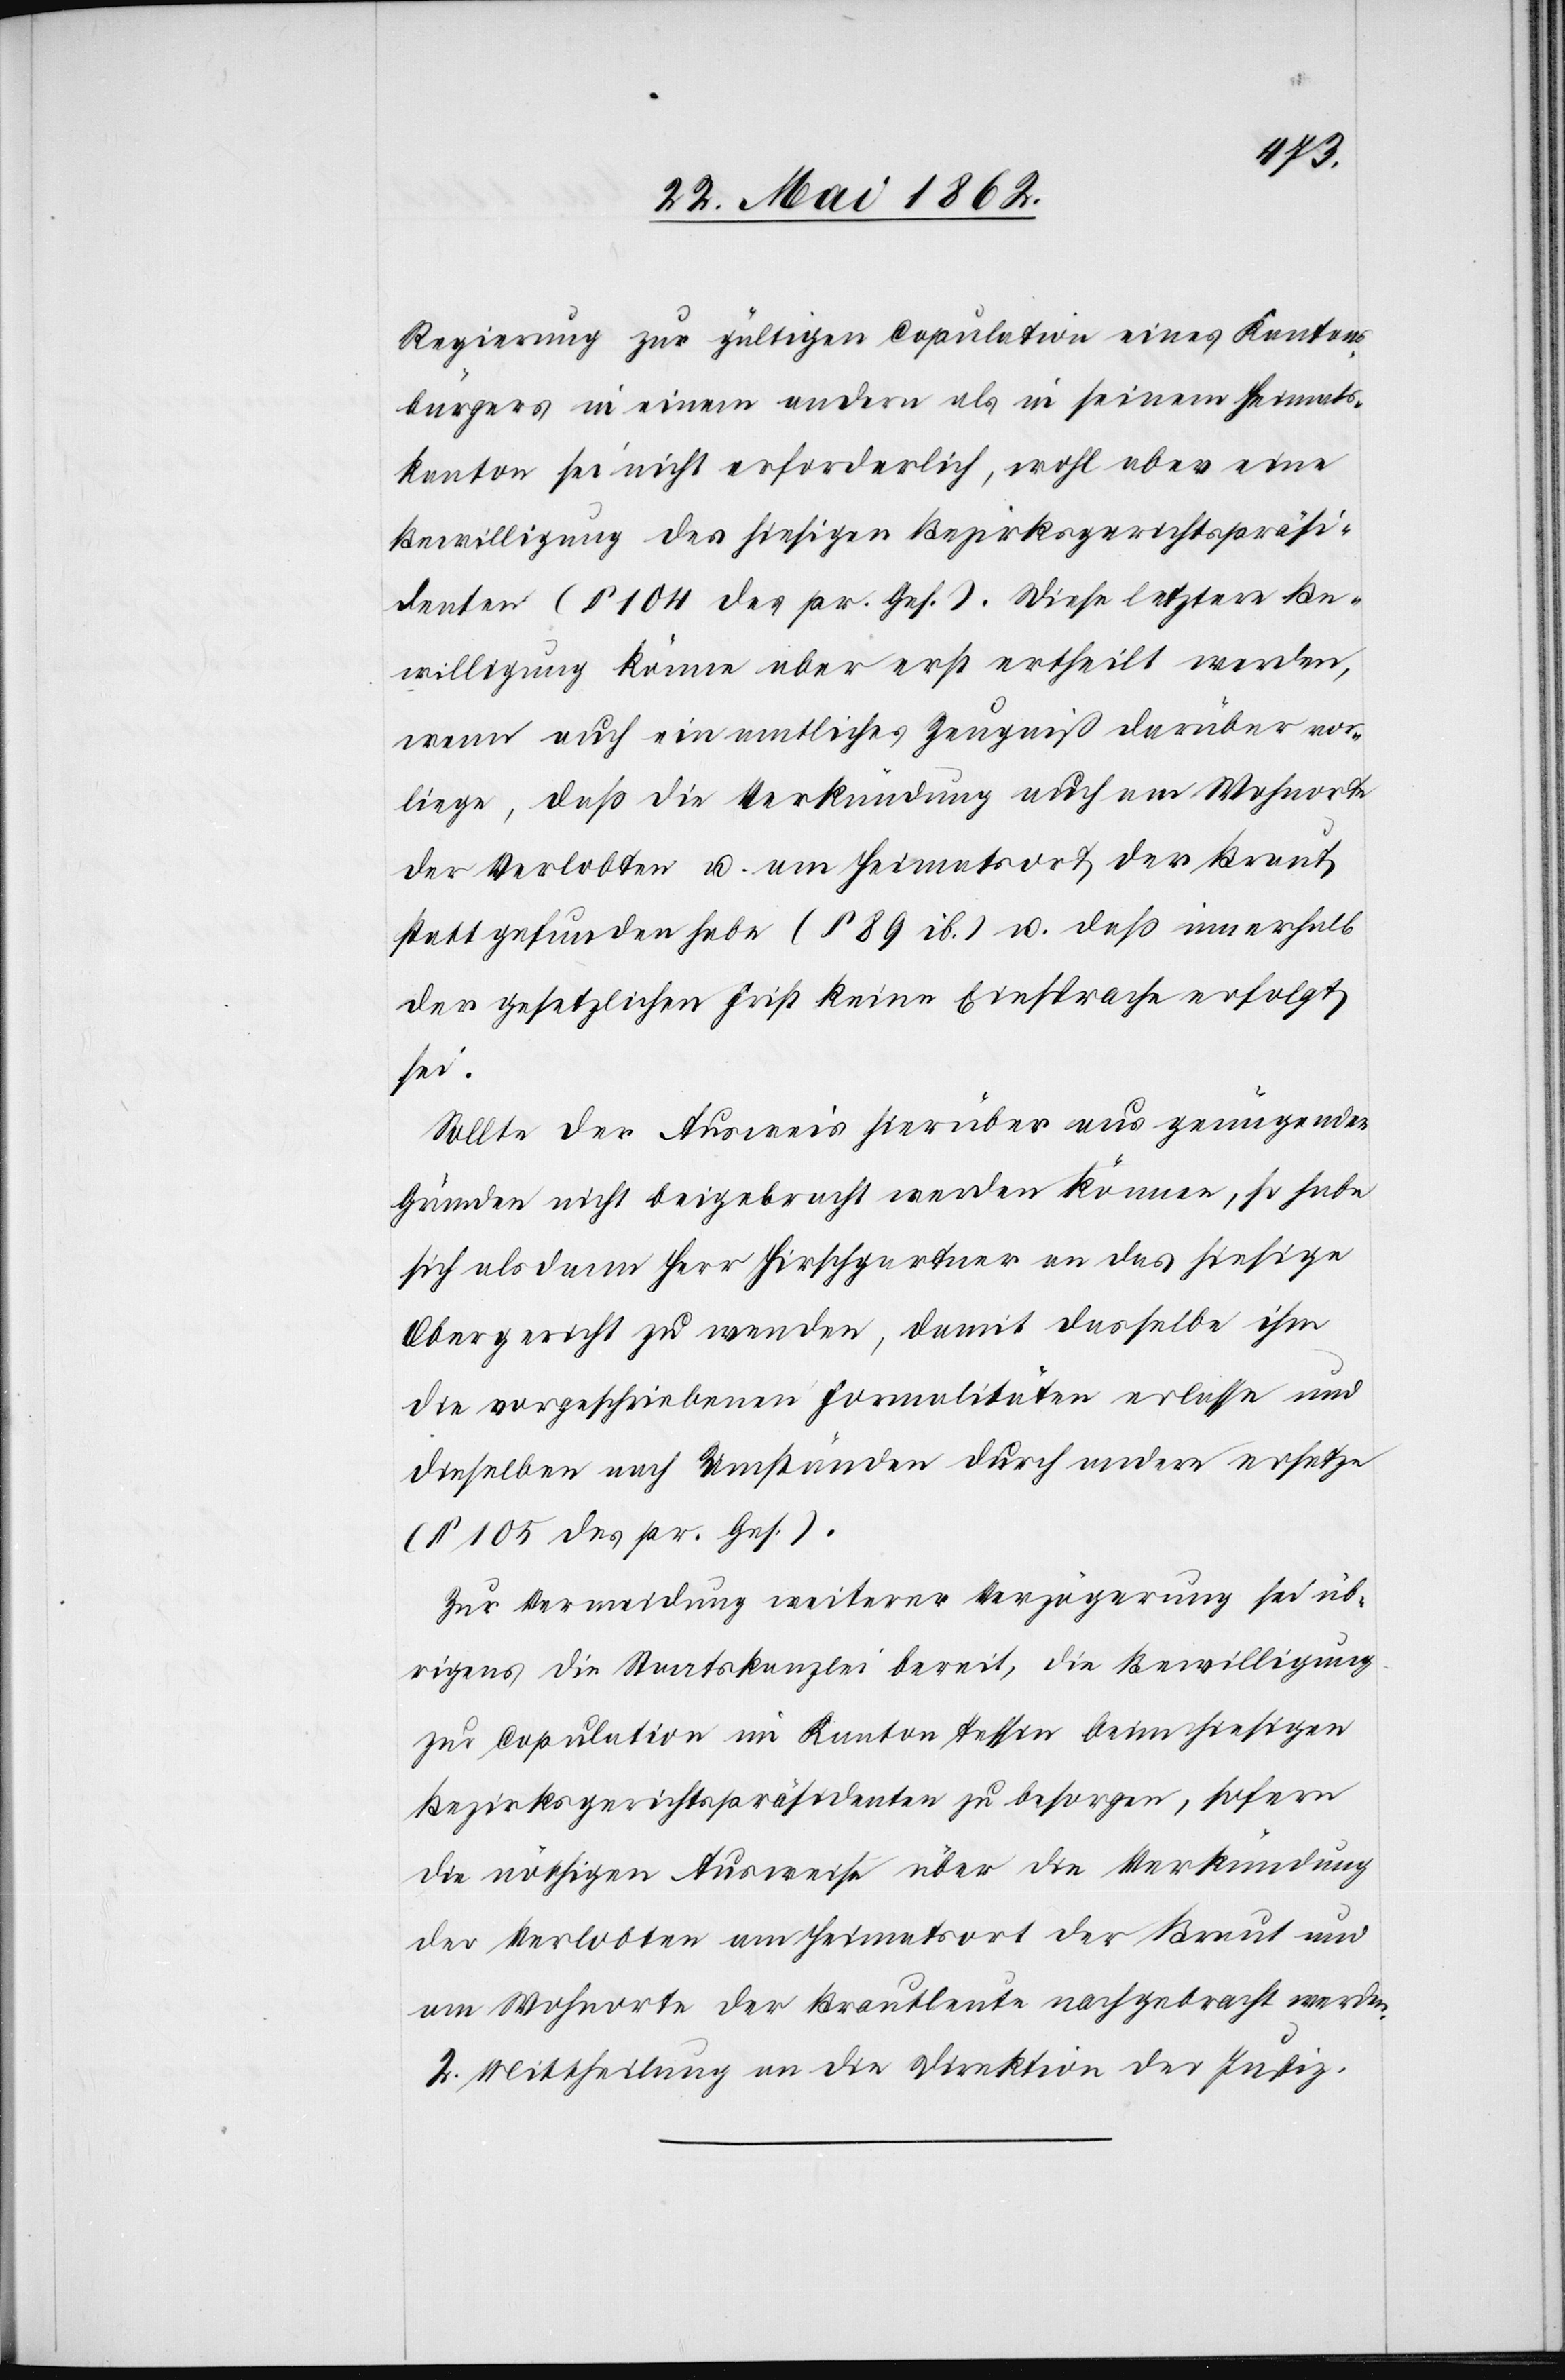
Regierung zur gültigen Copulation eines Kantons¬
bürgers in einem andern als in seinem Heimats¬
kanton sei nicht erforderlich, wohl aber eine
Bewilligung des hiesigen Bezirksgerichtspräsi¬
denten (§ 104 des pr. Ges.). Diese letztere Be¬
willigung könne aber erst ertheilt werden,
wenn auch ein amtliches Zeugniß darüber vor¬
liege, daß die Verkündung auch am Wohnorte
der Verlobten u. am Heimatsort der Braut
statt gefunden habe (§ 89 ib.) u. daß innerhalb
der gesetzlichen Frist keine Einsprache erfolgt
sei.
Sollte der Ausweis hierüber aus genügenden
Gründen nicht beigebracht werden können, so habe
sich als dann Herr Hirschgartner an das hiesige
Obergericht zu wenden, damit dasselbe ihm
die vorgeschriebenen Formalitäten erlasse und
dieselben nach Umständen durch andere ersetze
(§ 105 des pr. Ges.).
Zur Vermeidung weiterer Verzögerung sei üb¬
rigens die Staatskanzlei bereit, die Bewilligung
zur Copulation im Kanton Tessin beim hiesigen
Bezirksgerichtspräsidenten zu besorgen, sofern
die nöthigen Ausweise über die Verkündung
der Verlobten am Heimatsort der Braut und
am Wohnorte der Brautleute nachgebracht werden.
2. Mittheilung an die Direktion der Justiz.